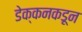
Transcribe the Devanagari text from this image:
डेक्कनकडून